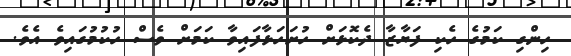
ހިންގި ކަމުގެ ހެކި ފަޔާޒާ ދެކޮޅަށް ހުށަހަޅާފައިވާ ކަމަށް ވެސް ހުކުމުގައިވެ އެވެ.